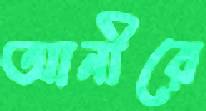
আনীরে